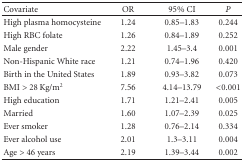
<table><thead><tr><td><b>Covariate</b></td><td><b>OR</b></td><td><b>95% CI</b></td><td><b><i>P</i></b></td></tr></thead><tbody><tr><td>High plasma homocysteine</td><td>1.24</td><td>0.85–1.83</td><td>0.244</td></tr><tr><td>High RBC folate</td><td>1.26</td><td>0.84–1.89</td><td>0.252</td></tr><tr><td>Male gender</td><td>2.22</td><td>1.45–3.4</td><td>0.001</td></tr><tr><td>Non-Hispanic White race</td><td>1.21</td><td>0.74–1.96</td><td>0.420</td></tr><tr><td>Birth in the United States</td><td>1.89</td><td>0.93–3.82</td><td>0.073</td></tr><tr><td>BMI &gt; 28 Kg/m<sup>2</sup></td><td>7.56</td><td>4.14–13.79</td><td>&lt;0.001</td></tr><tr><td>High education</td><td>1.71</td><td>1.21–2.41</td><td>0.005</td></tr><tr><td>Married</td><td>1.60</td><td>1.07–2.39</td><td>0.025</td></tr><tr><td>Ever smoker</td><td>1.28</td><td>0.76–2.14</td><td>0.334</td></tr><tr><td>Ever alcohol use</td><td>2.01</td><td>1.3–3.11</td><td>0.004</td></tr><tr><td>Age &gt; 46 years</td><td>2.19</td><td>1.39–3.44</td><td>0.002</td></tr></tbody></table>